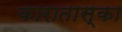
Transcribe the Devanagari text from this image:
कारातास्का